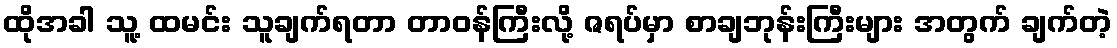
ထိုအခါ သူ့ ထမင်း သူချက်ရတာ တာဝန်ကြီးလို့ ဇရပ်မှာ စာချဘုန်းကြီးများ အတွက် ချက်တဲ့